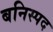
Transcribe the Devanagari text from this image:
बनिस्पद